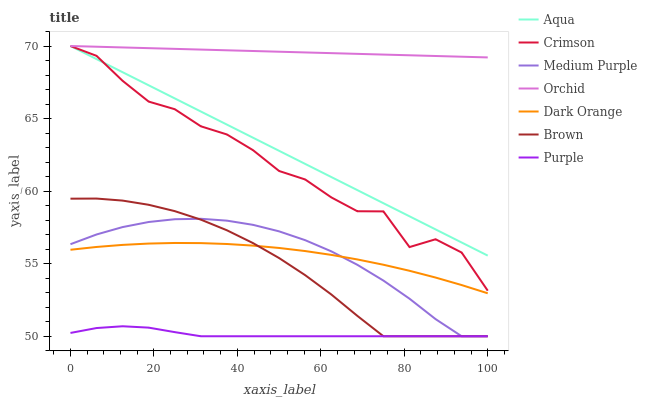
| xaxis_label | Aqua | Crimson | Medium Purple | Orchid | Dark Orange | Brown | Purple |
 | --- | --- | --- | --- | --- | --- | --- | --- |
 | 0 | 70 | 70 | 56.3 | 70 | 56 | 59.5 | 50.2 |
 | 6.25 | 69.1 | 69.3 | 57 | 70 | 56.2 | 59.5 | 50.6 |
 | 12.5 | 68.2 | 67.6 | 57.5 | 69.9 | 56.3 | 59.3 | 50.7 |
 | 18.8 | 67.3 | 66.2 | 57.9 | 69.9 | 56.4 | 59.1 | 50.6 |
 | 25 | 66.4 | 65.6 | 58.1 | 69.8 | 56.4 | 58.6 | 50.3 |
 | 31.2 | 65.5 | 64.5 | 58.1 | 69.8 | 56.4 | 58 | 50 |
 | 37.5 | 64.6 | 63.9 | 58 | 69.7 | 56.4 | 57.3 | 50 |
 | 43.8 | 63.7 | 62.8 | 57.7 | 69.7 | 56.2 | 56.4 | 50 |
 | 50 | 62.8 | 61.4 | 57.2 | 69.6 | 56.1 | 55.4 | 50 |
 | 56.2 | 61.9 | 60.8 | 56.6 | 69.6 | 55.9 | 54.2 | 50 |
 | 62.5 | 61 | 59.6 | 55.9 | 69.5 | 55.6 | 52.9 | 50 |
 | 68.8 | 60.1 | 58.6 | 54.9 | 69.5 | 55.3 | 51.4 | 50 |
 | 75 | 59.2 | 58.6 | 53.8 | 69.4 | 54.9 | 50 | 50 |
 | 81.2 | 58.3 | 56.1 | 52.6 | 69.4 | 54.5 | 50 | 50 |
 | 87.5 | 57.4 | 56.7 | 51.2 | 69.3 | 54 | 50 | 50 |
 | 93.8 | 56.5 | 55.8 | 50 | 69.3 | 53.5 | 50 | 50 |
 | 100 | 55.6 | 53.1 | 50 | 69.2 | 53 | 50 | 50 |